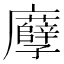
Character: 𢌎